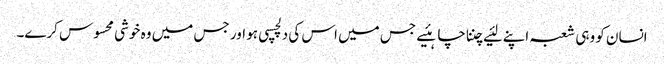
انسان کو وہی شعبہ اپنے لئیے چننا چاہئیے جس میں اس کی دلچسپی ہو اور جس میں وہ خوشی محسوس کرے۔